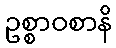
ဥစ္စာဝစာနိ